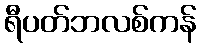
ရီပတ်ဘလစ်ကန်